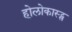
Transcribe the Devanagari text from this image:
होलोकास्ट्स